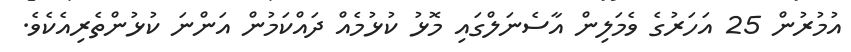
އުމުރުން 25 އަހަރުގެ ވެމަލިން އާސެނަލްގައި މޮޅު ކުޅުމެއް ދައްކަމުން އަންނަ ކުޅުންތެރިއެކެވެ.